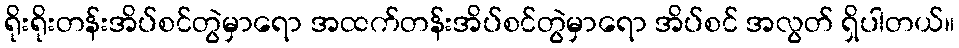
ရိုးရိုးတန်းအိပ်စင်တွဲမှာရော အထက်တန်းအိပ်စင်တွဲမှာရော အိပ်စင် အလွတ် ရှိပါတယ်။